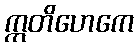
ဣတိဟေကေ